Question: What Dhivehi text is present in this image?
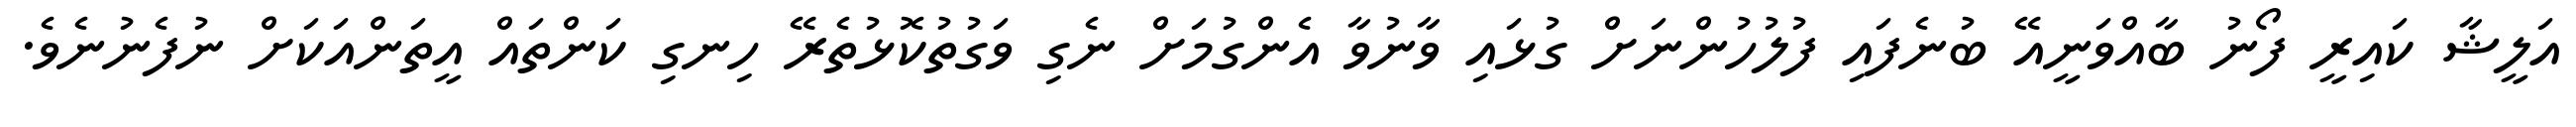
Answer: އަލީޝާ ކައިރީ ފޯނު ބާއްވަނީއޭ ބުނެފައި ފުލުހުންނަށް ގުޅައި ވާނުވާ އެންގުމަށް ނެގި ވަގުތުކޮޅުތެރޭ ހިނގި ކަންތައް އީތަންއަކަށް ނުފެނުނެވެ.